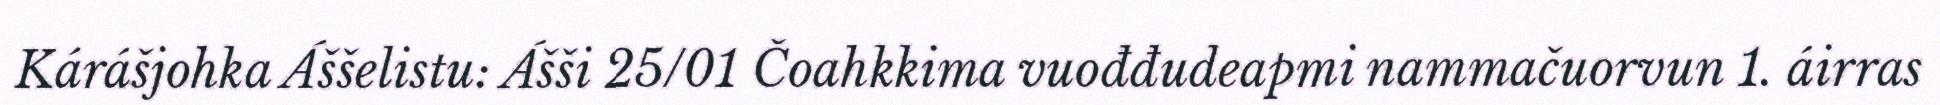
Kárášjohka Áššelistu: Ášši 25/01 Čoahkkima vuođđudeapmi nammačuorvun 1. áirras